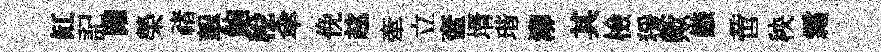
缸記躍榮禇挐鲍稅傘俛趑牽立奩壻瑎泖其檢猨歟鏃啻秧霜